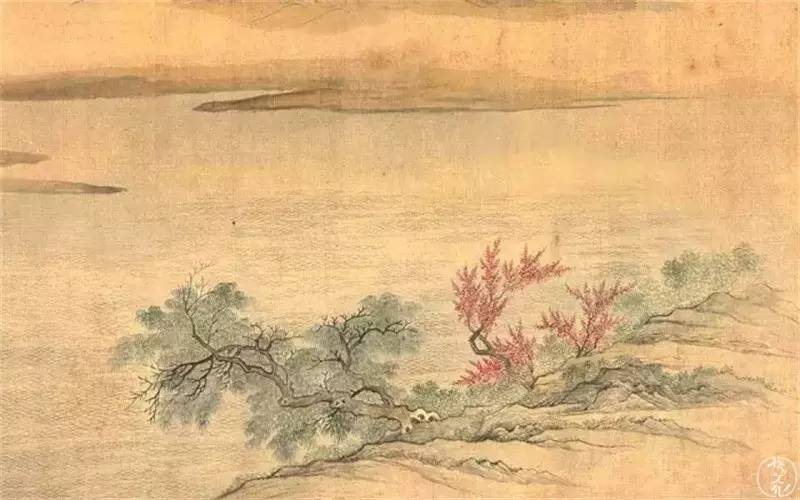
湖上春既早，田家日不闲。